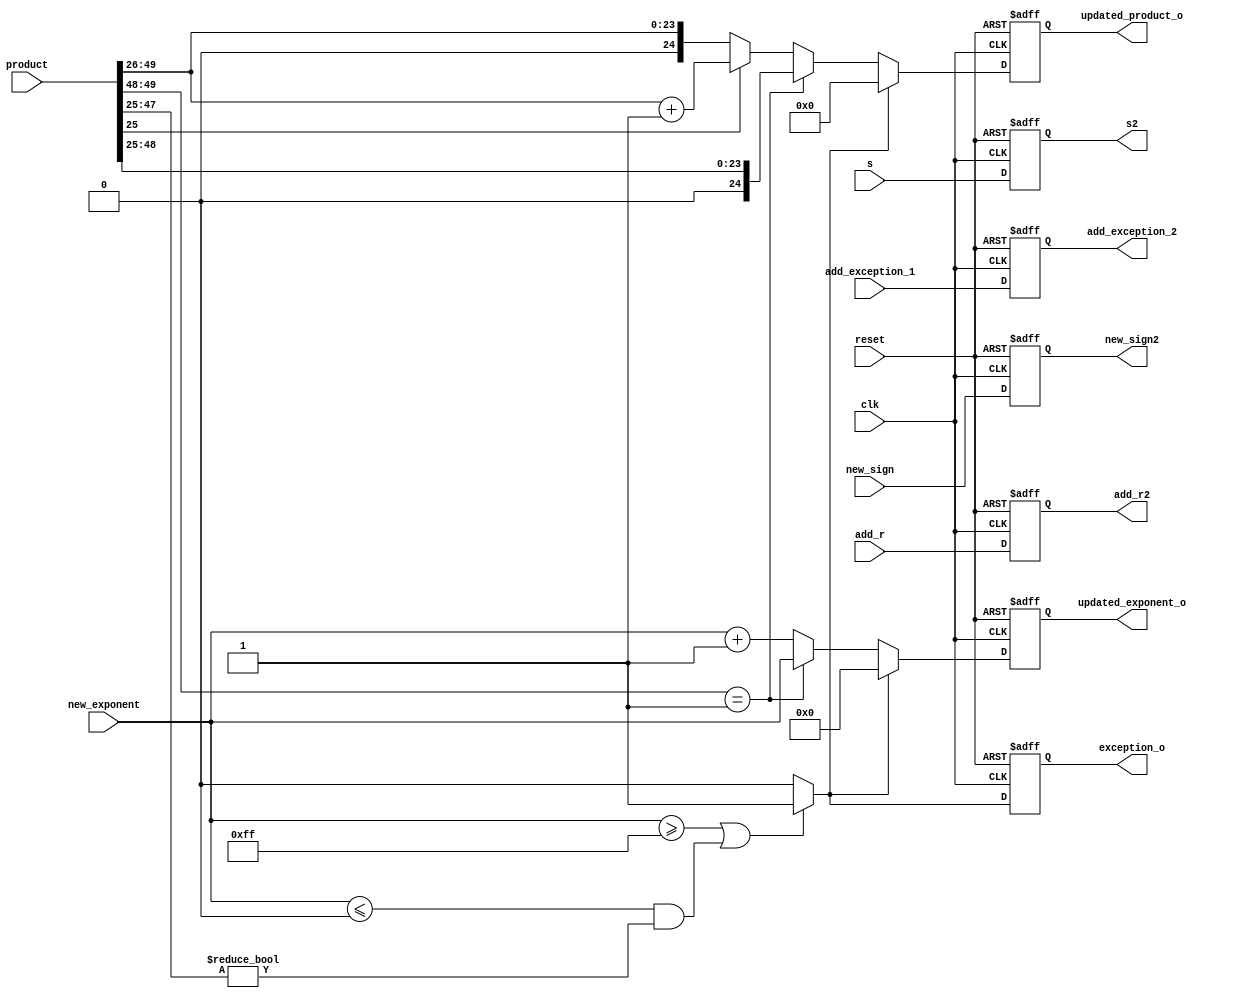
module normalize1(clk,reset,product, new_exponent, updated_exponent_o, updated_product_o,exception_o,new_sign,new_sign2,add_r,add_exception_1,add_r2,add_exception_2,s,s2);

input [50:0] product;
input [8:0] new_exponent;
input s;

output reg s2;
output reg [8:0] updated_exponent_o;
output reg [24:0] updated_product_o;
input clk, reset;

reg [8:0] updated_exponent;
reg [24:0] updated_product;
reg exception;

reg [24:0]temp_reg;
reg [23:0]new_sum_temp;

input new_sign;
output reg new_sign2;

output reg exception_o;

input [31:0]add_r;
input add_exception_1;

output reg [31:0] add_r2;
output reg add_exception_2;

always@(posedge clk or negedge reset)
begin

	if(!reset)
	begin
	updated_exponent_o <= 8'b0;
	updated_product_o <= 25'b0;
	exception_o <= 1'b0;
	new_sign2<= 1'b0;
	add_r2 <= 32'b0;
	add_exception_2 <= 1'b0;
	s2 <=0;
	end

	else
	begin
   updated_exponent_o <= updated_exponent;
	updated_product_o <= updated_product;
	exception_o <= exception;
	new_sign2<=new_sign;
	add_r2 <= add_r;
	add_exception_2 <= add_exception_1;
	s2<=s;
	end

end

always@(*)
begin
	temp_reg[24:0] = product[49:25];
end

always@(*)
begin

	if((new_exponent>=8'b11111111) || ((new_exponent<=8'b00000000)&& (product[47:25]!= 23'b0)))
	exception = 1'b1;
	else
	exception = 1'b0;
	

end

always@(*)
begin

	if(exception == 1'b0)
	begin
		if(temp_reg[24:23] == 2'b01)   //if(sum[24:23] == 2'b00 || sum[24:23] == 2'b01)
		begin
			updated_product = {1'b0,temp_reg[23:0]};
			updated_exponent = {1'b0,new_exponent};

		end
		else
	 	begin
			if(temp_reg[0] == 1'b0)
			begin
			updated_product = {1'b0,temp_reg[24:1]};
			updated_exponent = {1'b0,new_exponent} + 1'b1;
			
			end	
			else if(temp_reg[0] == 1'b1)
			begin
			new_sum_temp = temp_reg[24:1];
			updated_product= new_sum_temp + 1'b1;
			updated_exponent = {1'b0,new_exponent} +1'b1;
		
			end
			else
			begin
			
			updated_product = 25'b0;
			updated_exponent = 8'b0;
			end
		end
	end
	else
			begin
			
			updated_product = 25'b0;
			updated_exponent = 8'b0;
			end
	
	
end



endmodule